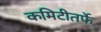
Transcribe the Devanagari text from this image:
कमिटीतर्फे